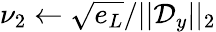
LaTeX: \nu_{2}\leftarrow\sqrt{e_{L}}/||\mathcal{D}_{y}||_{2}